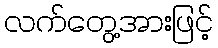
လက်တွေ့အားဖြင့်